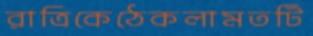
রাত্রিকেঠেকলামতটি